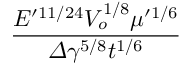
\frac { E ^ { \prime 1 1 / 2 4 } V _ { o } ^ { 1 / 8 } \mu ^ { \prime 1 / 6 } } { \varDelta \gamma ^ { 5 / 8 } t ^ { 1 / 6 } }